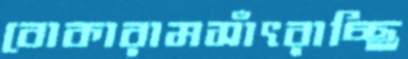
বোকারামসাঁৎরাচ্ছি